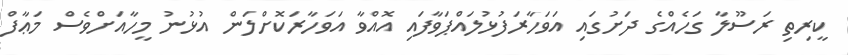
ކީރިތި ރަސޫލާ ގަހެއްގެ ދަށުގައި އަވަހާރަފުޅުލައްޕަވާފައި އޮއްވާ އަވަހާރަކޮށްލަން އުޅުނު މީހާއަށްވެސް މަޢާފް